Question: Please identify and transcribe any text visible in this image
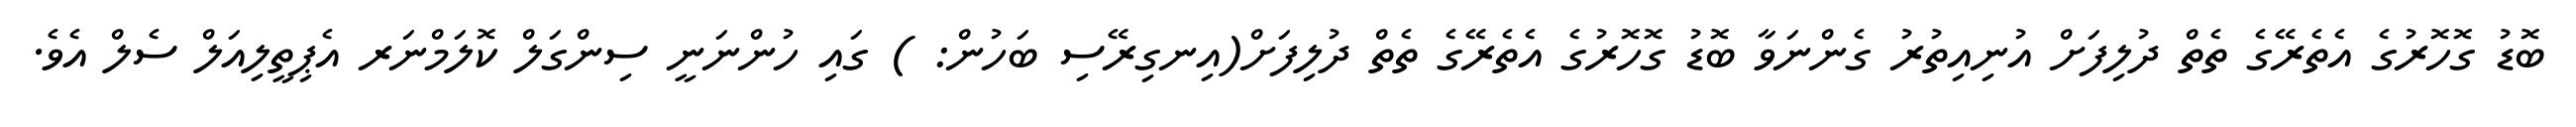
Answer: ބޮޑު ގޮހޮރުގެ އެތެރޭގެ ތެތް ދުލިފަށް އުނިއިތުރު ގެންނަވާ ބޮޑު ގޮހޮރުގެ އެތެރޭގެ ތެތް ދުލިފަށް(އިނގިރޭސި ބަހުން: ) ގައި ހުންނަނީ ސިންގަލް ކޮލަމްނަރ އެޕިތީލިއަލް ސެލް އެވެ.